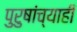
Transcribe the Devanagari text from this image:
पुरुषांच्याही